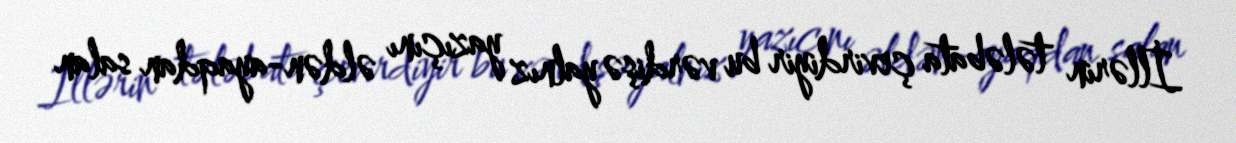
İllərin tələbata çevirdiyir bu vərdişə yalnız yazıçını əldən-ayaqdan salan